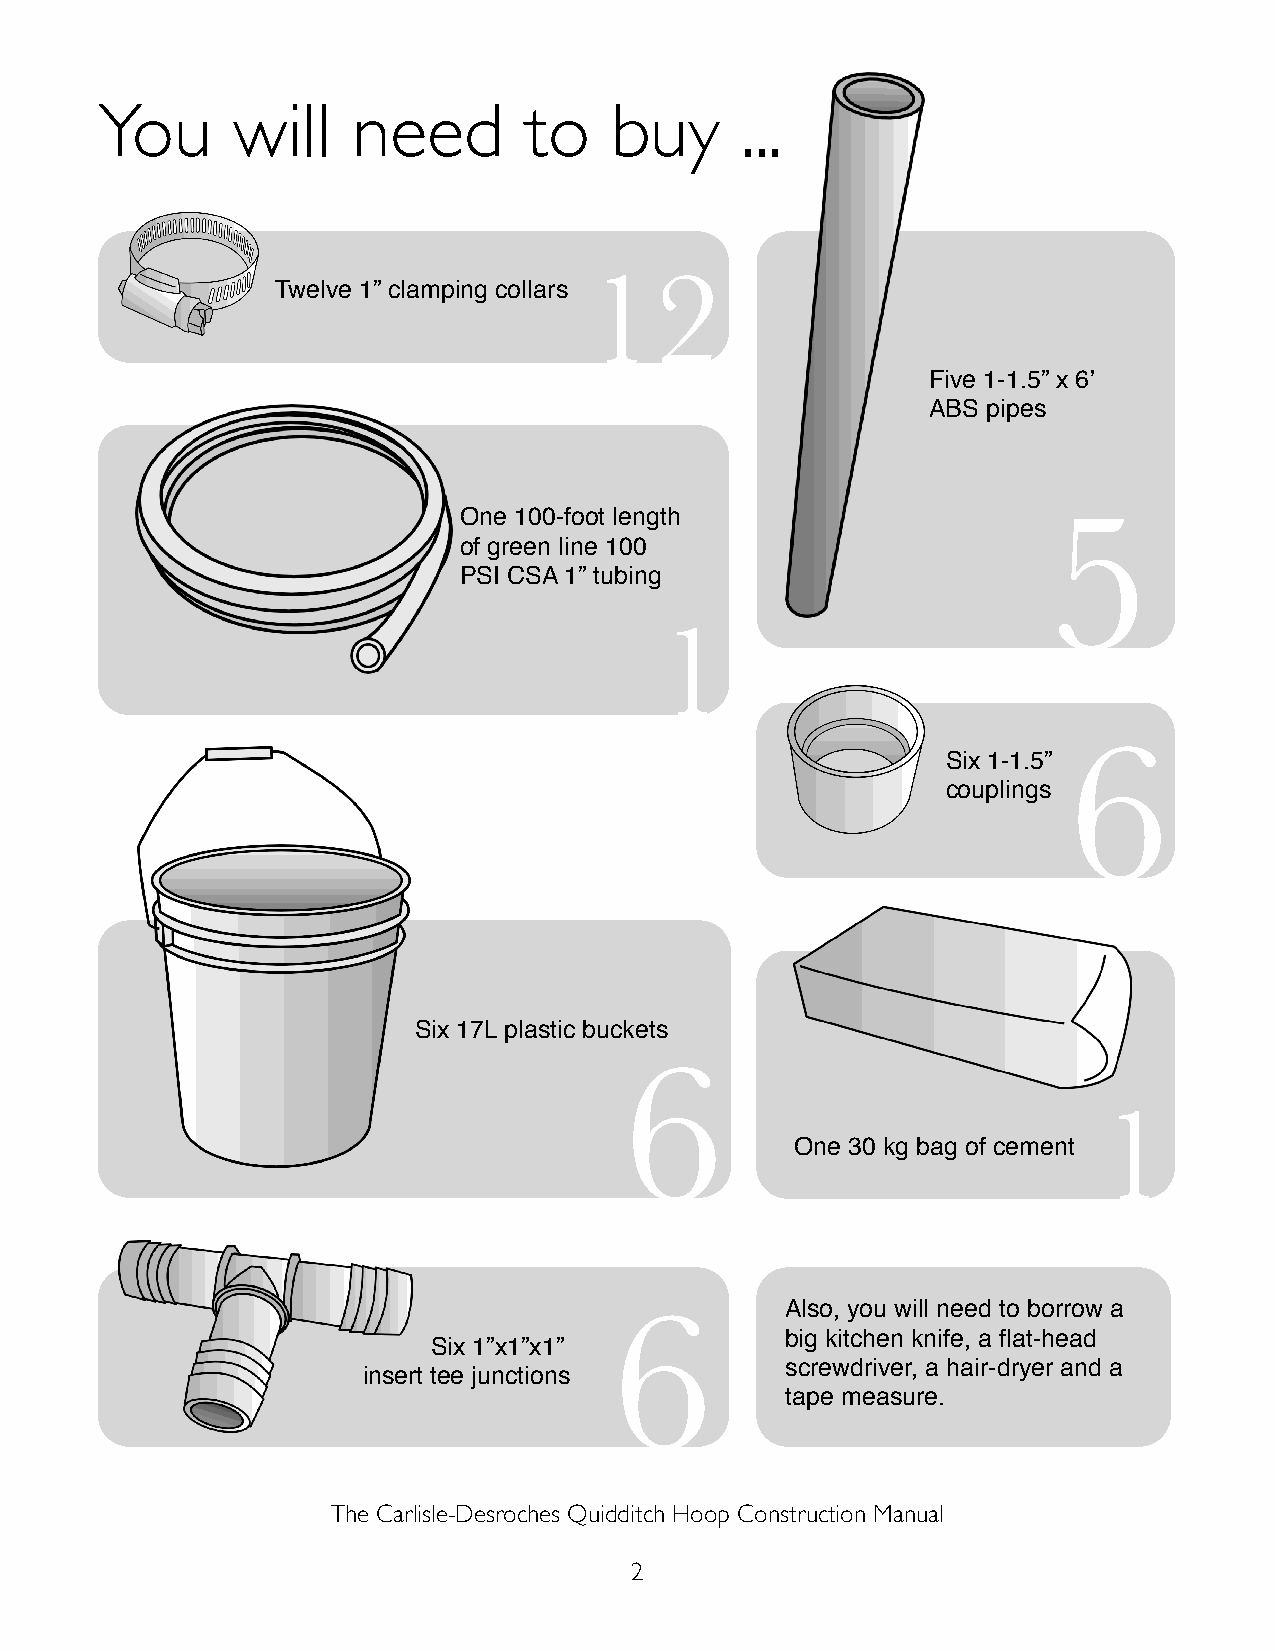
You      will    need        to   buy      ...
 12
 Twelve 1” clamping collars
 Five 1-1.5” x 6ʼ
 ABS pipes
 5
 One 100-foot length
 of green line 100
 PSI CSA 1” tubing
 1
 6
 Six 1-1.5”
 couplings
 Six 17L plastic buckets
 6
 1
 One 30 kg bag of cement
 6          Also, you will need to borrow a
 big kitchen knife, a flat-head
 Six 1”x1”x1”
 screwdriver, a hair-dryer and a
 insert tee junctions
 tape measure.
 The Carlisle-Desroches Quidditch Hoop Construction Manual
 2